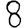
Digit: 8